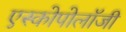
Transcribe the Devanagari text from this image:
एस्कोपोलॉजी